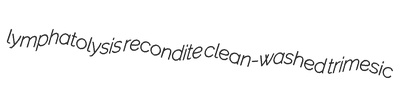
lymphatolysis recondite clean-washed trimesic